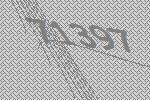
71397